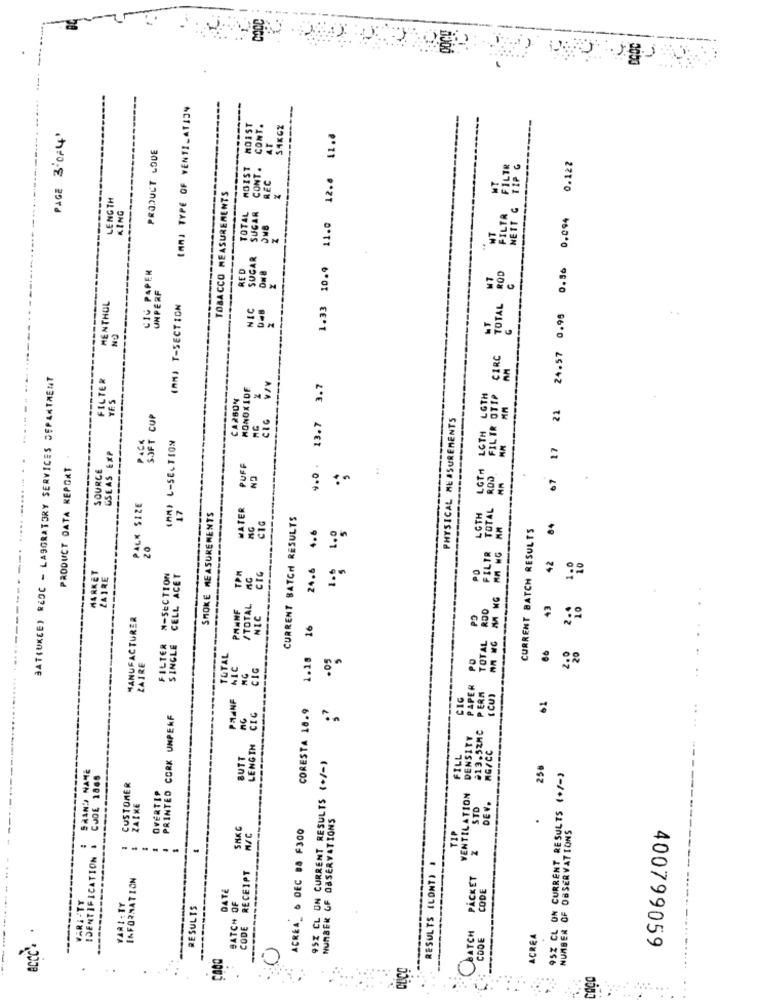
COOL
(An) TYPE OF YENTI_AT134
CONT.
SAKGZ
PAGE 3-0-4''
1.33 10.9 11.0 12.0 11.8
PRODUCT LOUE
24.57 0.98 0.56 0.094 0.122
MOIST
CONT .
CIRC TOTAL ROD FILTR FILTR
LENGTH
TOBACCO MEASUREMENTS
KING
TOTAL
SUGAR
SUGAR
CIG PAPER
RED
UN PERF
MENTHOL
(RM) T-SECTION
NEC
AM
BATIUKEE) REOC - LABORATORY SERVICES DEPARTMENT
FILTER
MONOXIDE
3.7
FILTR OTTA
YES
CARSON
21
SOFT CUP
13.7
PHYSICAL MEASUREMENTS
LETH
PACK
67 17
(AN) L-SECTION
GSEAS EXP
PRODUCT DATA REPORT
SOURCE
PUFF
LGTA
NO
:
PALK SIZE
WATER
SMOKE MEASUREMENTS
CURRENT BATCH RESULTS
CIG
4.6
1.0
CURRENT BATCH RESULTS
42 84
20
AM WG MM HG
1.0
24.6
PO
MARKET
ZAIRE
#-SECTION
CELL ACET
TPM
CIG
..
PANNF
/TOTAL
PO
TOTAL RDO
43
2-4
MANUFACTURER
NIC
16
..
FILTER
SINGLE
ZAIRE
TOTAL
1.28
.05
PO
NIC
MG
CIG
PAPER
PERA
PAANF
CIG
(CU)
61
CORESTA 18.9
.7
PRINTED CORK UNPERF
nG
LENGTH CIC
DENSITY
MG/CC
BUTT
FILL
95% CL UN CURRENT RESULTS (+/-)
258
952 CL ON CURRENT_RESULTS (+/-)
SAAND NAME
CJDE 1888
CUSTOMER
OVERTIP
VENTILATION
ZAIKE
STD
DEV.
NUMBER OF OBSERVATIONS
SKKC
ACREA DEC $8 F300
.
NUMBER OF OBSERVATIONS
M/C
TIP
--
IDENTIFICATION
RESULTS (CONT) .
INFORMATION
CODE RECEIPT
PACKET
DATE
CODE
VARI-TY
BATCH OF
VARI. TY
RESULTS
COATCH
CODE
ACREA
----
400799059
0